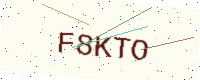
Text: F8KTO